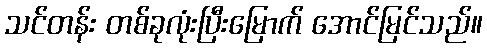
သင်တန်း တစ်ခုလုံးပြီးမြောက် အောင်မြင်သည်။